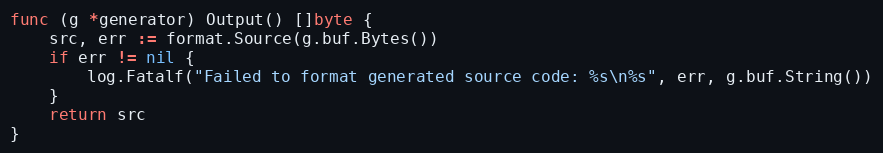
Language: Go
func (g *generator) Output() []byte {
	src, err := format.Source(g.buf.Bytes())
	if err != nil {
		log.Fatalf("Failed to format generated source code: %s\n%s", err, g.buf.String())
	}
	return src
}